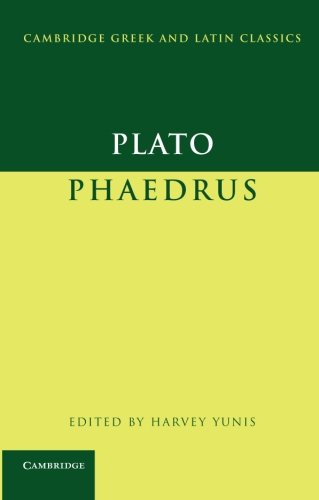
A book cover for Plato: Phaedrus; Plato; Literature & Fiction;